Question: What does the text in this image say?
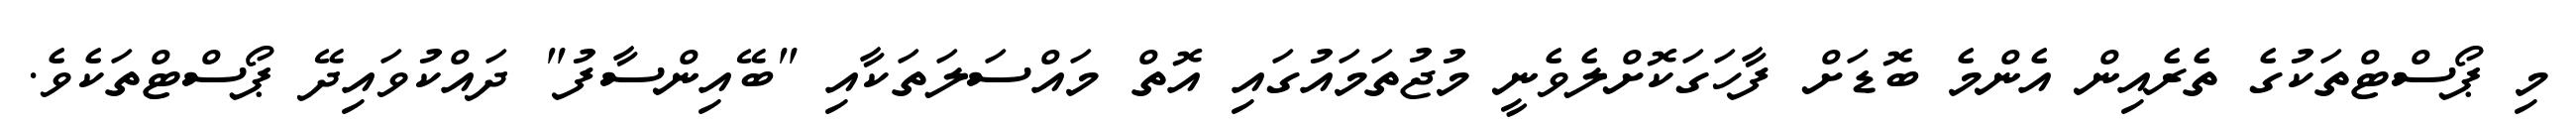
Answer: މި ޕޯސްޓްތަކުގެ ތެރެއިން އެންމެ ބޮޑަށް ފާހަގަކޮށްލެވެނީ މުޖުތަމައުގައި އޮތް މައްސަލަތަކާއި "ބޭއިންސާފު" ދައްކުވައިދޭ ޕޯސްޓްތަކެވެ.